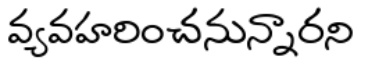
వ్యవహరించనున్నారని